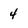
Character: 4